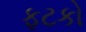
ફટકો